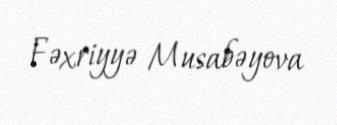
Fəxriyyə Musabəyova